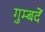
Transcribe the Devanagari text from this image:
गुम्बदें